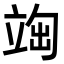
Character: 𥪃